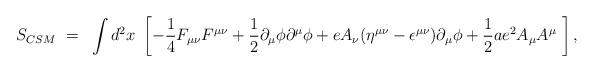
LaTeX: \begin{align*}S_{CSM} ~=~ \int d^2x~\left[ -\frac{1}{4}F_{\mu \nu}F^{\mu \nu} +\frac{1}{2}\partial_{\mu}\phi\partial^{\mu}\phi +eA_{\nu}(\eta^{\mu \nu} -\epsilon^{\mu \nu})\partial_{\mu}\phi +\frac{1}{2}ae^{2}A_{\mu}A^{\mu}~\right],\end{align*}